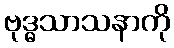
ဗုဒ္ဓသာသနာကို